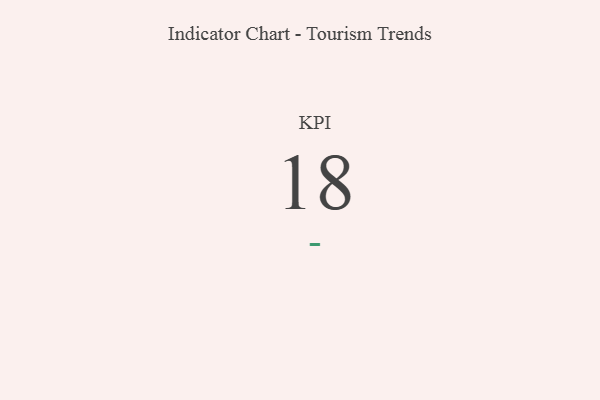
{"axis": {"x": "KPI", "y": "Value"}, "legend": [""], "data": [{"x": "KPI", "y": 18, "type": ""}]}